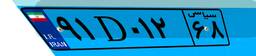
۹۱D۰۱۲۶۸